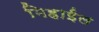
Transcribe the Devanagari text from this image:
मिहाईल